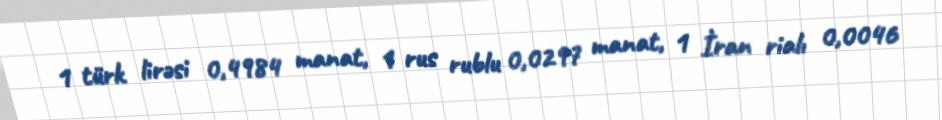
1 türk lirəsi 0,4984 manat, 1 rus rublu 0,0297 manat, 1 İran rialı 0,0046